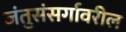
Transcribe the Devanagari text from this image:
जंतुसंसर्गावरील